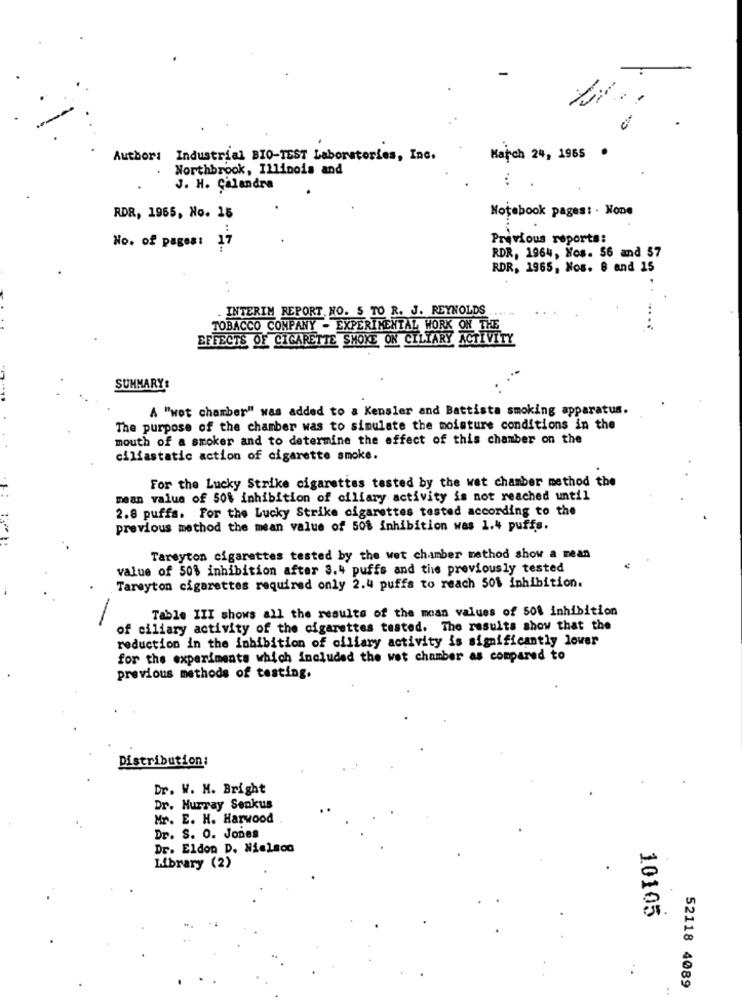
Author: Industrial BIO-TEST Laboratories, Inc.
March 24, 1965
Northbrook, Illinois and
J. H. Calandra
Notebook pages: . None
RDR, 1965, No. 16
Previous reports:
No. of pages: 17
RDR, 1964, Nos. 56 and 57
RDR, 1965, Nos. 8 and 15
. INTERIM REPORT. NO. 5 TO R. J. REYNOLDS
TOBACCO COMPANY - EXPERIMENTAL WORK ON THE
EFFECTS OF CIGARETTE SMOKE ON CILIARY ACTIVITY
SUMMARY:
A "wot chamber" was added to a Kensler and Battista smoking apparatus.
The purpose of the chamber was to simulate the moisture conditions in the
mouth of a smoker and to determine the effect of this chamber on the
ciliastatic action of cigarette smoke.
For the Lucky Strike cigarettes tested by the wet chamber method the
mean value of 50% inhibition of ciliary activity is not reached until
2.8 puffs. For the Lucky Strike cigarettes tested according to the
previous method the mean value of 508 inhibition was 1.4 puffs.
Tareyton cigarettes tested by the wet chamber method show a mean
value of 50% inhibition after 3.4 puffs and the previously tested
Tareyton cigarettes required only 2.4 puffs to reach 50% inhibition.
Table III shows all the results of the mean values of 50% inhibition
of ciliary activity of the cigarettes tested. The results show that the
reduction in the inhibition of ciliary activity is significantly lower
for the experiments which included the wet chamber as compared to
previous methods of testing.
Distribution:
Dr. W. M. Bright
Dr. Murray Senkus
Mr. E. H. Harwood
Dr. S. O. Jones
Dr. Eldon D. Nielsco
Library (2)
10105
52118 4089